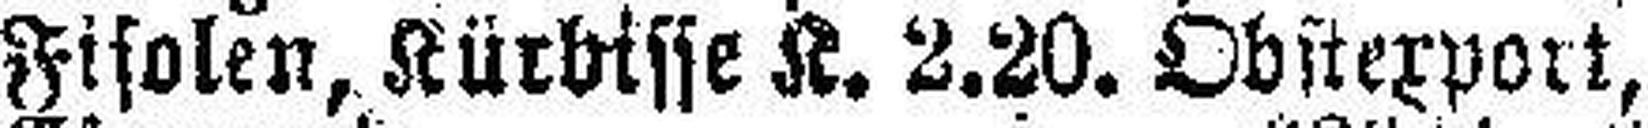
Fisolen, Kürbisse K. 2.20. Obstexport,